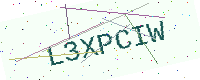
Text: L3XPCIW